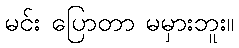
မင်း ပြောတာ မမှားဘူး။